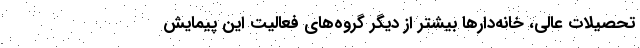
تحصیلات عالی، خانه‌دارها بیشتر از دیگر گروه‌های فعالیت این پیمایش